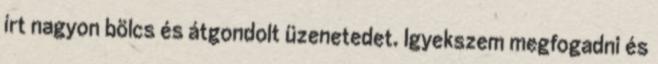
írt nagyon bölcs és átgondolt üzenetedet. Igyekszem megfogadni és